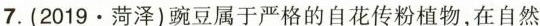
7.(2019.菏泽)豌豆属于严格的自花传粉植物，在自然